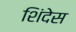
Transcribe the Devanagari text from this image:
शिंदेस